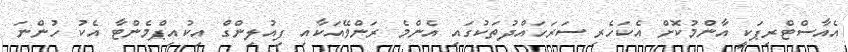
އެއާސްޓްރިޕަކީ އާންމުކޮށް އެކަހެރި ސަރަހައްދުތަކުގައި އެންމެ ރަންވޭއަކާއި ފިއުލިންގް އިކުއިޕްމެންޓާ އެކު ހުންނަ